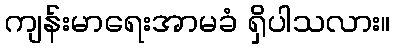
ကျန်းမာရေးအာမခံ ရှိပါသလား။